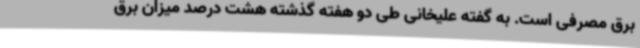
برق مصرفی است. به گفته علیخانی طی دو هفته گذشته هشت درصد میزان برق